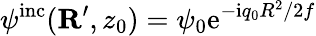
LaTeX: \psi^{\mathrm{inc}}({\mathbf R}^{\prime},z_{0})=\psi_{0}\mathrm{e}^{-\mathrm{i}q_{0}R^{2}/2f}